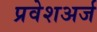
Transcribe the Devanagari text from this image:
प्रवेशअर्ज